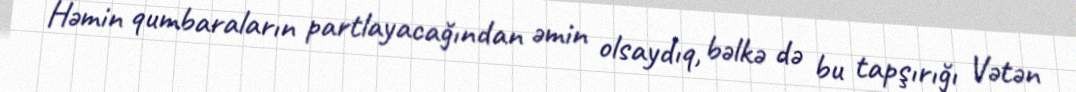
Həmin qumbaraların partlayacağından əmin olsaydıq, bəlkə də bu tapşırığı Vətən